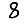
Digit: 8